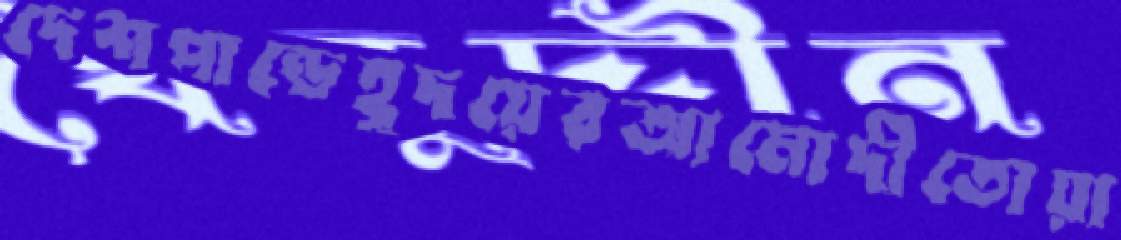
দেশপান্ডেহূদয়েরআমোদীতোয়া